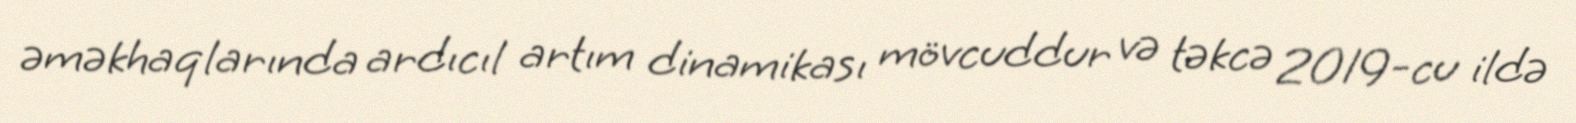
əməkhaqlarında ardıcıl artım dinamikası mövcuddur və təkcə 2019-cu ildə